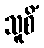
သူစိံ